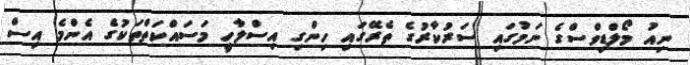
ނިއު މޯލްޑިވްސްގެ ނަމުގައި ސަރުކާރުގެ ތެރޭގައި ހިންގި އިސްލާހީ މަސައްކަތްތަކުގެ އެންމެ އިސް